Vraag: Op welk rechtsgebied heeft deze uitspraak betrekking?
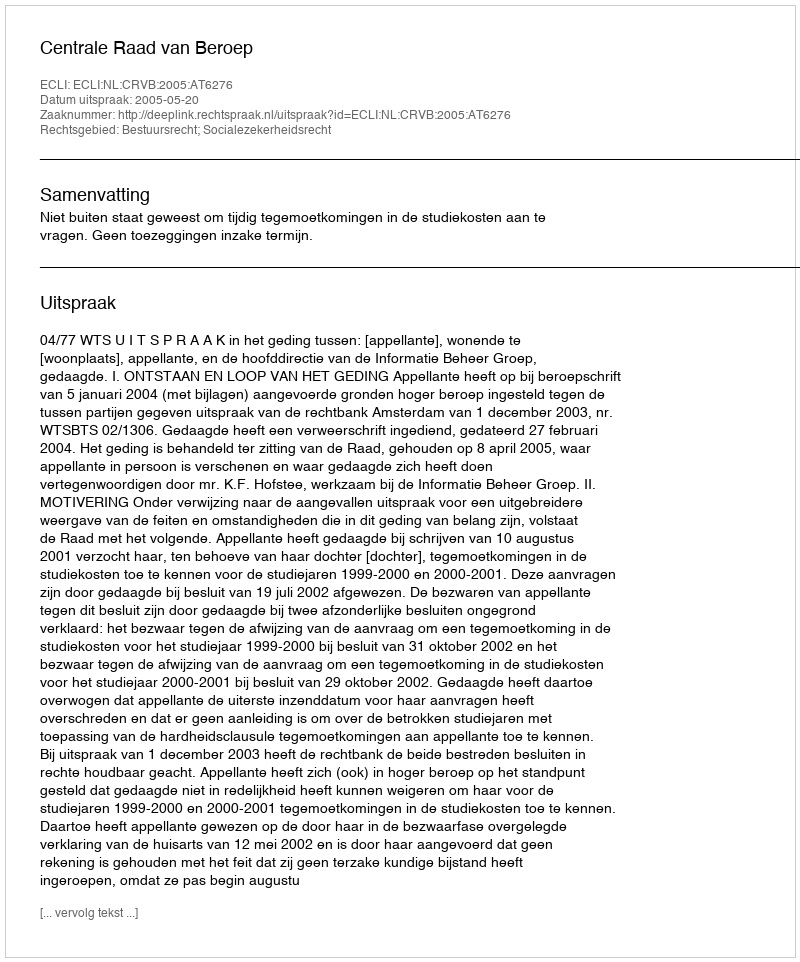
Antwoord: Bestuursrecht; Socialezekerheidsrecht